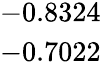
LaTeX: \begin{array}{c}{-0.8324}\\ {-0.7022}\end{array}